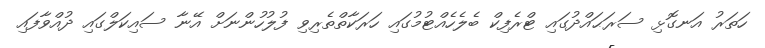
ހަތަރު އަނގޮޅި ސަރަޙައްދުގައި ޓްރެފިކް ބެލެހެއްޓުމުގައި ހަރަކާތްތެރިވި ފުލުހުންނަށް އޭނާ ސައިކަލްގައި ދުއްވާފައި